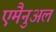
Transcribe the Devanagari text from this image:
एमैनुअल